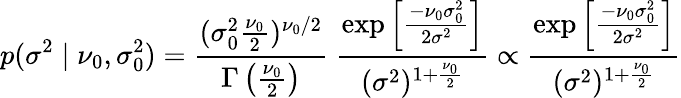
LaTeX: p(\sigma^{2}\mid\nu_{0},\sigma_{0}^{2})={\frac{(\sigma_{0}^{2}{\frac{\nu_{0}}{2}})^{\nu_{0}/2}}{\Gamma\left({\frac{\nu_{0}}{2}}\right)}}~{\frac{\exp\left[{\frac{-\nu_{0}\sigma_{0}^{2}}{2\sigma^{2}}}\right]}{(\sigma^{2})^{1+{\frac{\nu_{0}}{2}}}}}\propto{\frac{\exp\left[{\frac{-\nu_{0}\sigma_{0}^{2}}{2\sigma^{2}}}\right]}{(\sigma^{2})^{1+{\frac{\nu_{0}}{2}}}}}